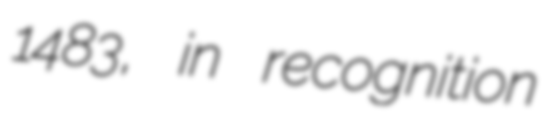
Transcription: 1483, in recognition